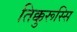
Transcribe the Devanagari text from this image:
तिक्कुरूस्सि